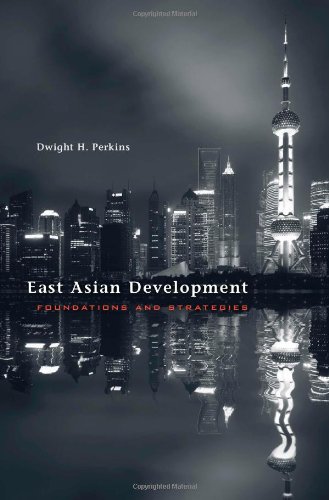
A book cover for East Asian Development: Foundations and Strategies (The Edwin O. Reischauer Lectures); Dwight H. Perkins; Business & Money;